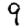
Digit: 9